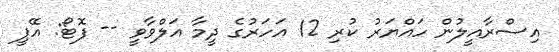
އިސްރާއީލުން ހައްޔަރު ކުރި 12 އަހަރުގެ ދީމާ އަލްވާވީ -- ފޮޓޯ: އޭޕީ